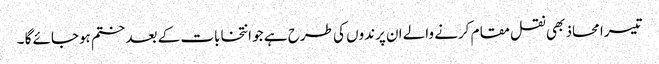
تیسرا محاذ بھی نقل مقام کرنے والے ان پرندوں کی طرح ہے جو انتخابات کے بعد ختم ہوجائے گا ۔